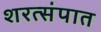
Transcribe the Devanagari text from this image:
शरत्संपात